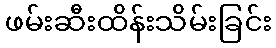
ဖမ်းဆီးထိန်းသိမ်းခြင်း